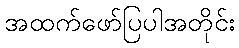
အထက်ဖော်ပြပါအတိုင်း